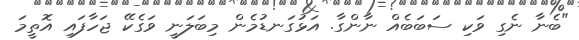
"ބެނާ ނެގި ވަކި ސަބަބެއް ނާންގާ. އަޅުގަނޑުމެން މިބަލަނީ ވަގެކޭ ޖަހާފައި އޮތީމަ